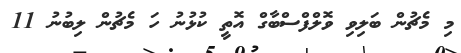
މި މެޗުން ބަލިވި ވޮލްފްސްބާގް އޮތީ ކުޅުނު ހަ މެޗުން ލިބުނު 11